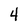
Character: 4